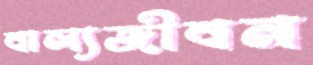
বাল্যজীবন